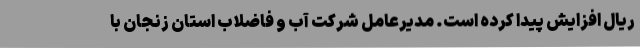
ریال افزایش پیدا کرده است. مدیرعامل شرکت آب و فاضلاب استان زنجان با